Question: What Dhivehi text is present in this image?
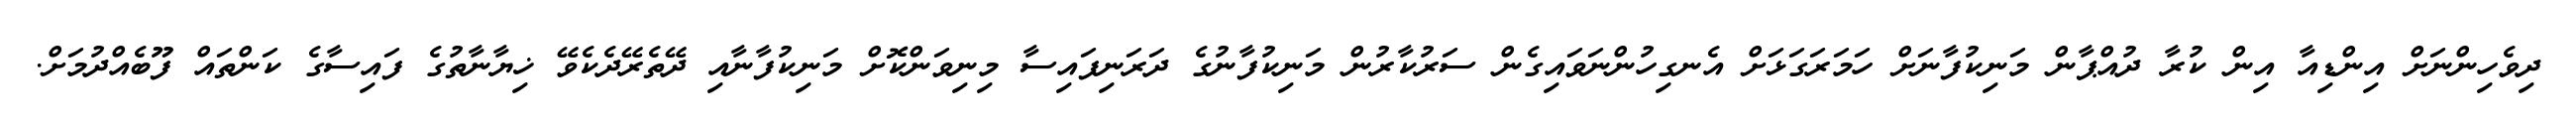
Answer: ދިވެހިންނަށް އިންޑިއާ އިން ކުރާ ދުއްޕާން މަނިކުފާނަށް ހަމަރަގަޅަށް އެނގިހުންނަވައިގެން ސަރުކާރުން މަނިކުފާނުގެ ދަރަނިފައިސާ މިނިވަންކޮށް މަނިކުފާނާއި ދޭތެރޭދެކެވޭ ޚިޔާނާތުގެ ފައިސާގެ ކަންތައް ފޫބެއްދުމަށް.